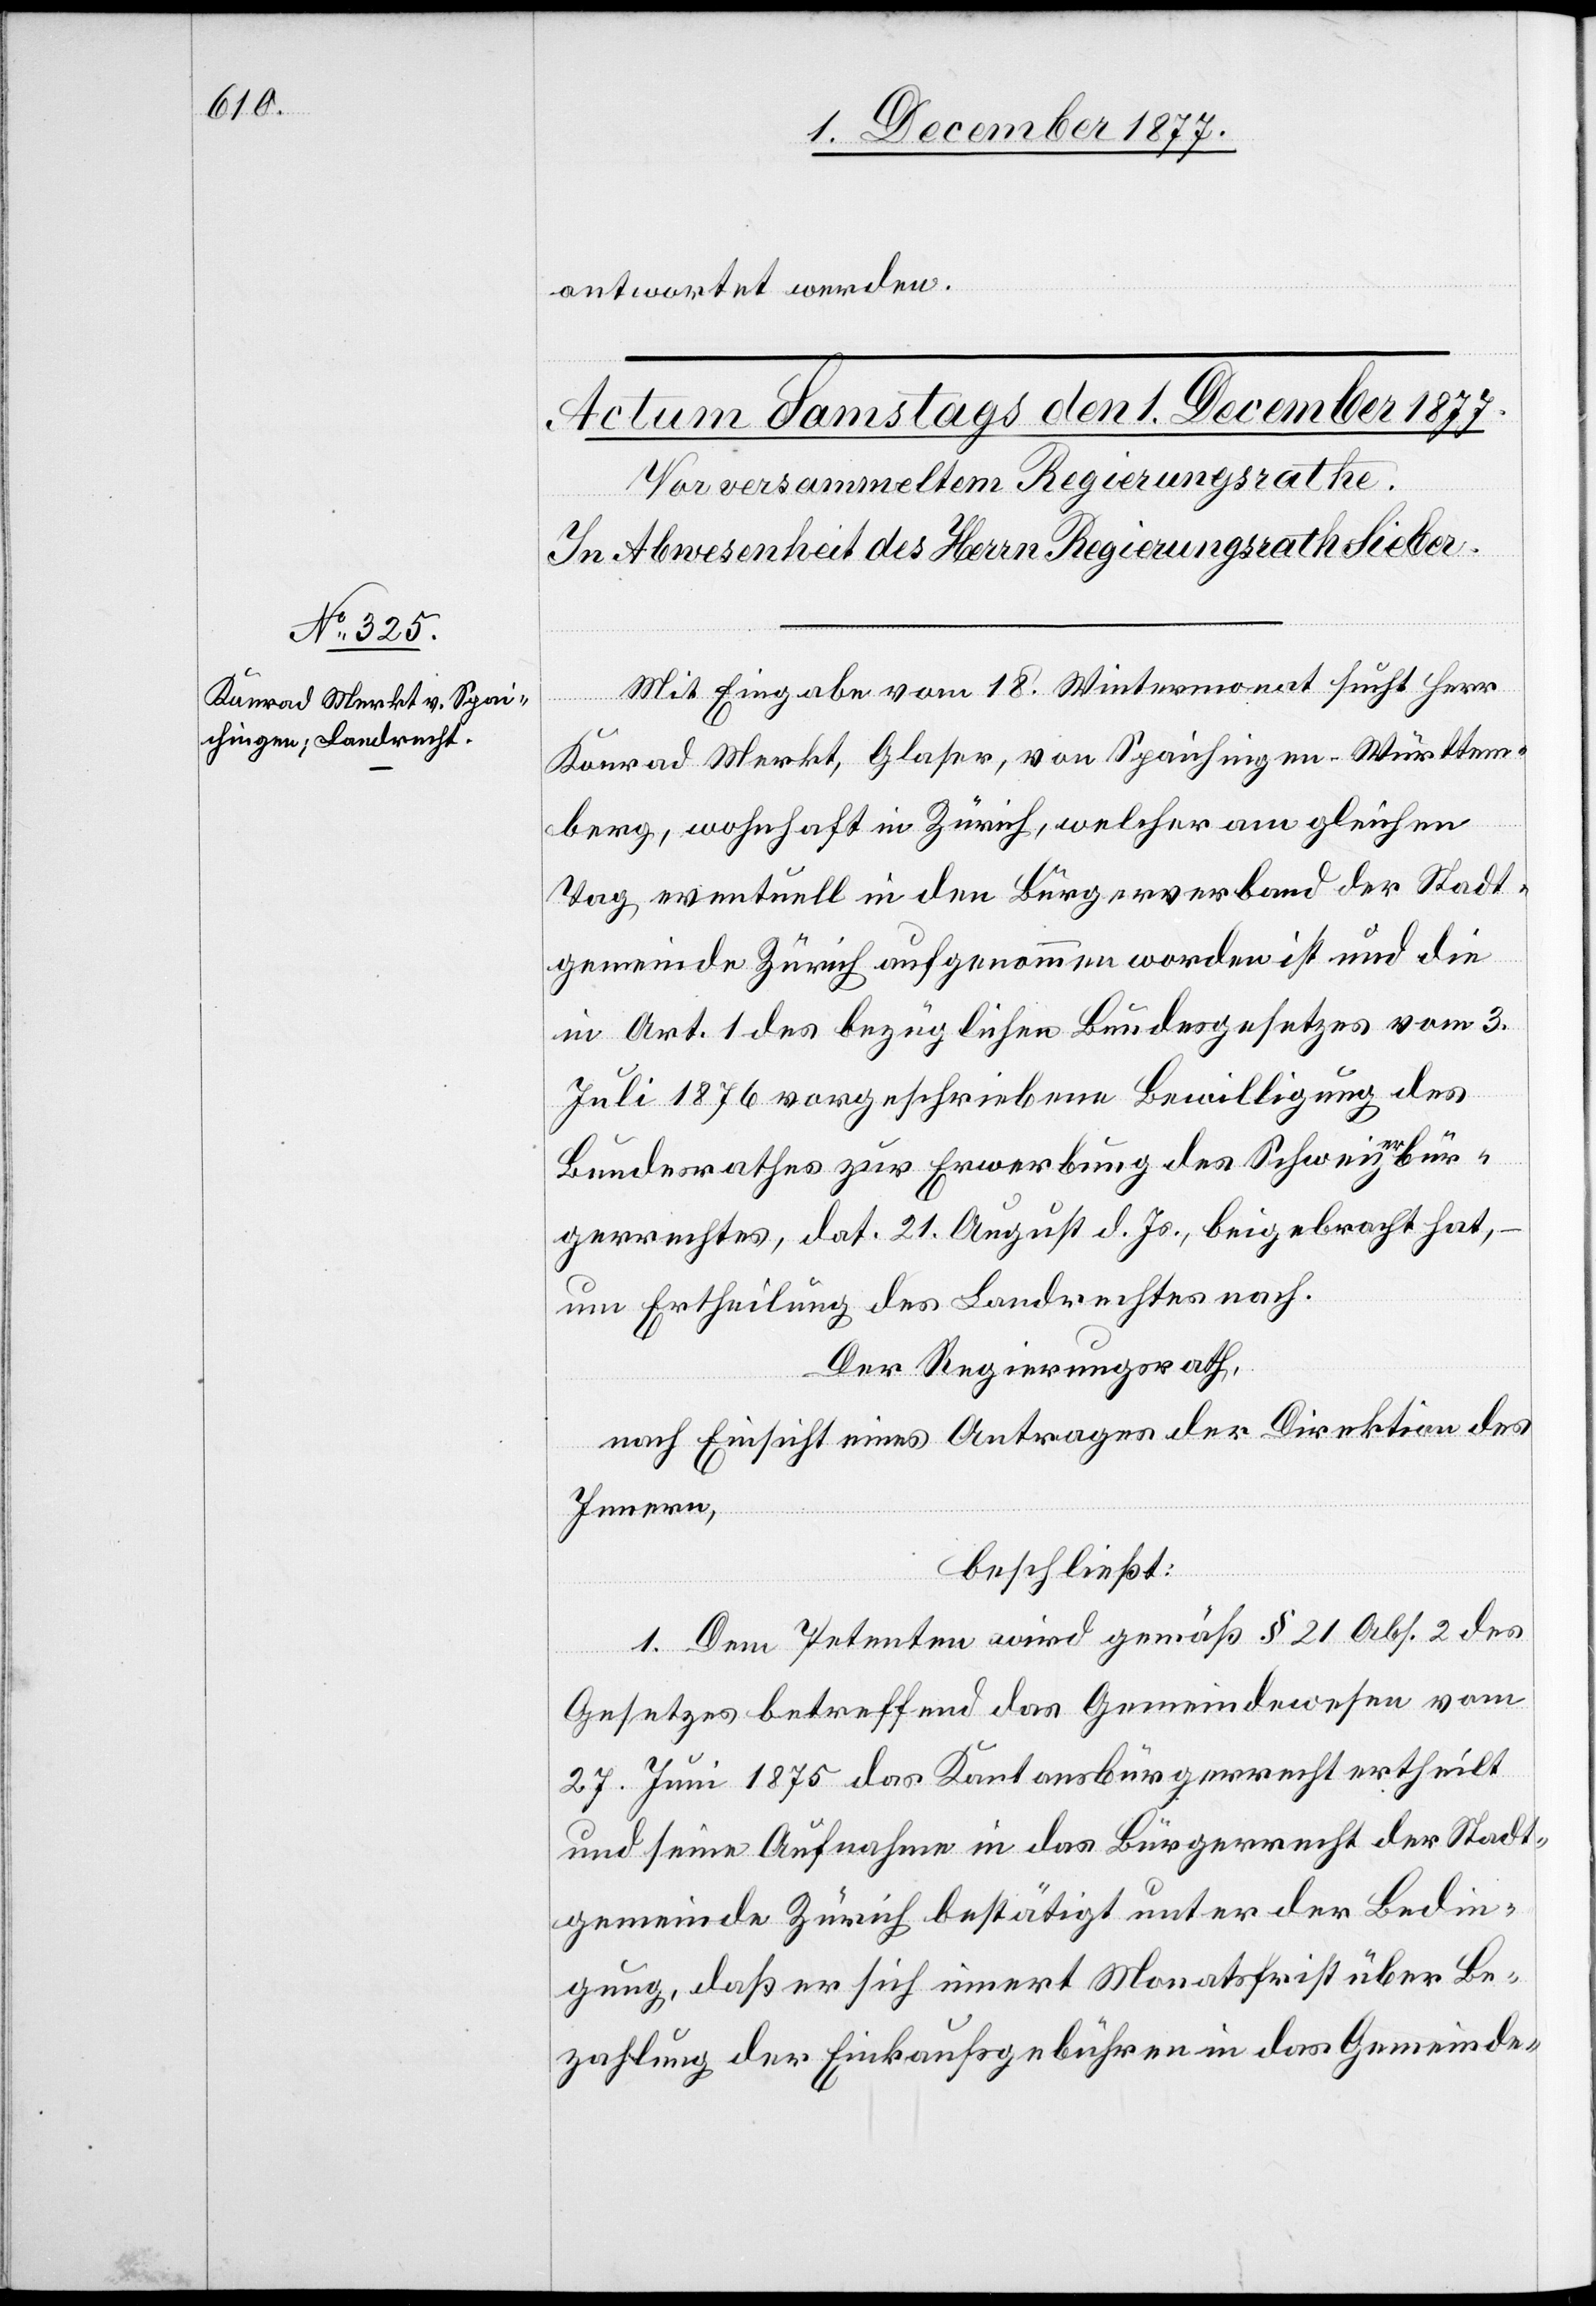
antwortet werden.
Mit Eingabe vom 18. Wintermonat sucht Herr
Konrad Merkt, Glaser, von Spaichingen - Württem¬
berg, wohnhaft in Zürich, welcher am gleichen
Tag eventuell in den Bürgerverband der Stadt¬
gemeinde Zürich aufgenommen worden ist und die
in Art. 1 des bezüglichen Bundesgesetzes vom 3.
Juli 1876 vorgeschriebene Bewilligung des
Bundesrathes zur Erwerbung des Schweizerbür¬
gerrechtes, dat. 21. August d. Js., beigebracht hat,
um Ertheilung des Landrechtes nach.
Der Regierungsrath,
nach Einsicht eines Antrages der Direktion des
Innern,
beschließt:
1. Dem Petenten wird gemäß § 21 Abs. 2 des
Gesetzes betreffend das Gemeindewesen vom
27. Juni 1875 das Kantonsbürgerrecht ertheilt
und seine Aufnahme in das Bürgerrecht der Stadt¬
gemeinde Zürich bestätigt unter der Bedin¬
gung, daß er sich innert Monatsfrist über Be¬
zahlung der Einkaufsgebühren in das Gemeinde-